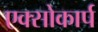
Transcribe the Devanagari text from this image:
एक्सोकार्प